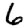
Digit: 6